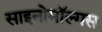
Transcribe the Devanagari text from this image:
साइनोमॉल्गस